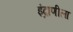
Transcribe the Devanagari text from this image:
इंद्राणीला